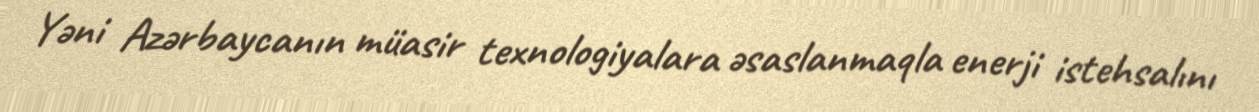
Yəni Azərbaycanın müasir texnologiyalara əsaslanmaqla enerji istehsalını